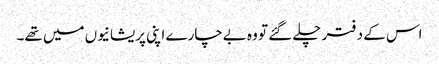
اس کے دفتر چلے گئے تو وہ بےچارے اپنی پریشانیوں میں تھے۔